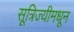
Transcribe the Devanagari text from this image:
सूत्रिज्यीमधून